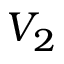
V _ { 2 }